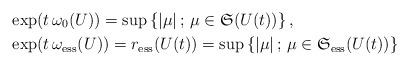
LaTeX: \begin{align*} &\exp(t\,\omega_{0}(U)) = \sup\left\{|\mu|\,;\,\mu \in \mathfrak{S}(U(t))\right\}, \\ &\exp(t\,\omega_{\mathrm{ess}}(U)) = r_{\mathrm{ess}}(U(t)) = \sup\left\{|\mu|\,;\,\mu \in \mathfrak{S}_{\mathrm{ess}}(U(t))\right\} \end{align*}